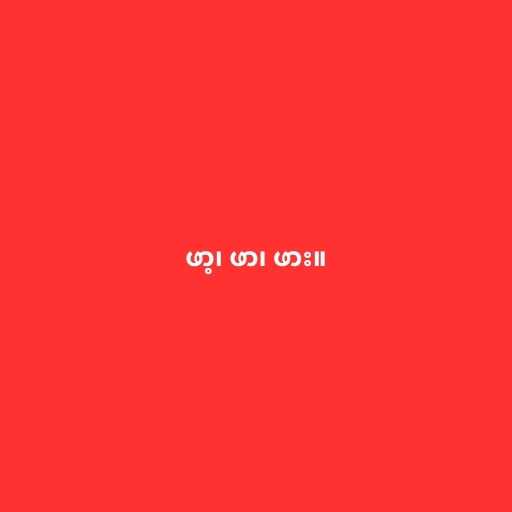
ဖာ့၊ ဖာ၊ ဖား။